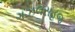
ગઝલસહજ